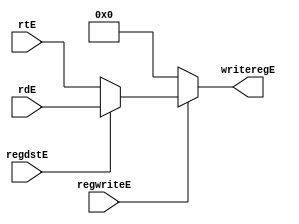
`timescale 1ns / 1ps
//////////////////////////////////////////////////////////////////////////////////
// Company: 
// Engineer: 
// 
// Design Name: 
// Module Name: choosewritereg
// Project Name: 
// Target Devices: 
// Tool Versions: 
// Description: 
// 
// Dependencies: 
// 
// Revision:
// Revision 0.01 - File Created
// Additional Comments:
// 
//////////////////////////////////////////////////////////////////////////////////


module choosewritereg(
    input [4:0] rtE,rdE,
    input regwriteE,regdstE,
    output reg [4:0] writeregE
    );
    always@(*) begin 
        if(regwriteE)
            if(regdstE)
                writeregE = rdE;
             else writeregE = rtE;
         else writeregE = 5'b00000;
    end
endmodule